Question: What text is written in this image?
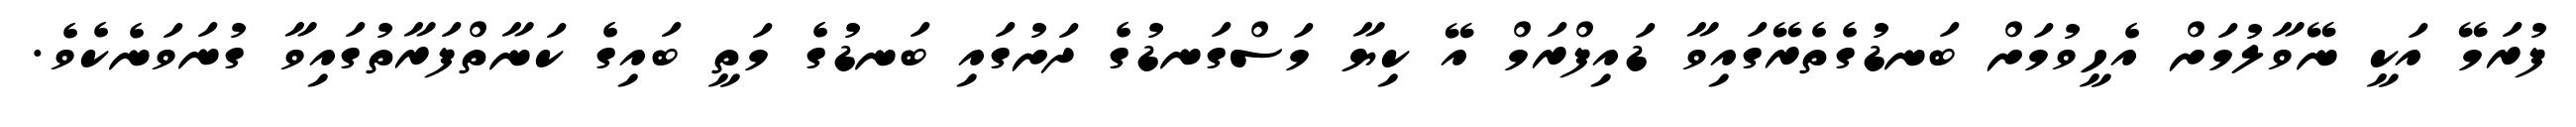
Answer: ފުރަމޭ އަކީ ނޭވާލުމަށް އެހީވުމަށް ބަނޑުގެތެރޭގައިވާ ޑައިފްރަމް އޭ ކިޔާ މަސްގަނޑުގެ ދަށުގައި ބަނޑުގެ މަތީ ބައިގެ ކަނާތްފަރާތުގައިވާ ގުނަވަނެކެވެ.